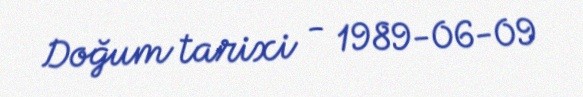
Doğum tarixi - 1989-06-09